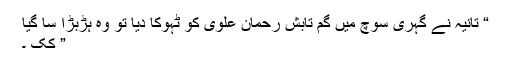
“ تانیہ نے گہری سوچ میں گم تابش رحمان علوی کو ٹہوکا دیا تو وہ ہڑبڑا سا گیا
” کک ۔